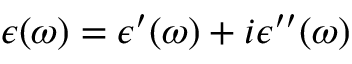
\epsilon ( \omega ) = \epsilon ^ { \prime } ( \omega ) + i \epsilon ^ { \prime \prime } ( \omega )